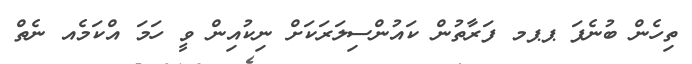
ތިހެން ބުނެފަ ޕޕމ ފަރާތުން ކައުންސިލަރަކަށް ނިކުއިން ވީ ހަމަ އްކަމެއ ނެތް